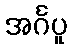
အင်္ဂပူ